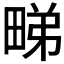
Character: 𭻘